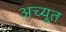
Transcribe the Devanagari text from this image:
अच्यूत